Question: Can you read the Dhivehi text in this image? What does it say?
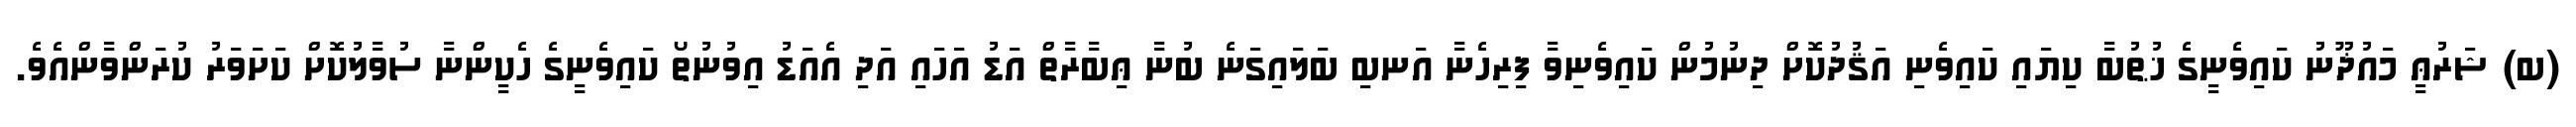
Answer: (ބ) ޝަރުޢީ މައުޛޫނު ކައިވެނީގެ ޚުޠުބާ ކިޔައި ކައިވެނި އަޤުދުކޮށް ދިނުމުން ކައިވެނިވާ ފިރިހެނާ އަނބި ބަލައިގަނެ ބުނާ ޢިބާރާތް އަޑު އަހައި އަދި އެއަޑު އިވުނުތޯ ކައިވެނީގެ ހެކީންނާ ސުވާލުކޮށް ކަށަވަރު ކުރަންވާންއެވެ.